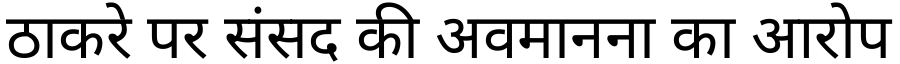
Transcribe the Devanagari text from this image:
ठाकरे पर संसद की अवमानना का आरोप